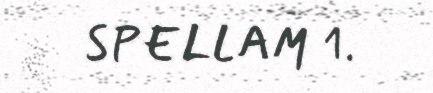
SPELLAM 1.